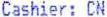
CASHIER: CN